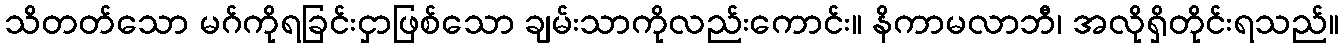
သိတတ်သော မဂ်ကိုရခြင်းငှာဖြစ်သော ချမ်းသာကိုလည်းကောင်း။ နိကာမလာဘီ၊ အလိုရှိတိုင်းရသည်။